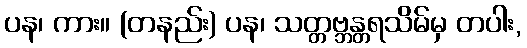
ပန၊ ကား။ (တနည်း) ပန၊ သတ္တဗ္ဘန္တရသိမ်မှ တပါး,